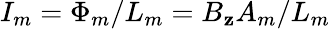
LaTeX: I_{m}=\Phi_{m}/L_{m}=B_{\mathbf{z}}A_{m}/L_{m}